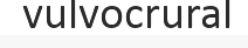
vulvocrural